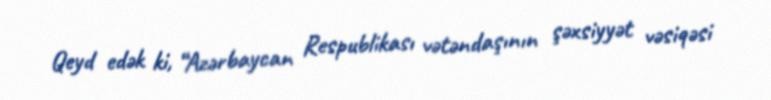
Qeyd edək ki, “Azərbaycan Respublikası vətəndaşının şəxsiyyət vəsiqəsi